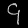
Digit: ၄